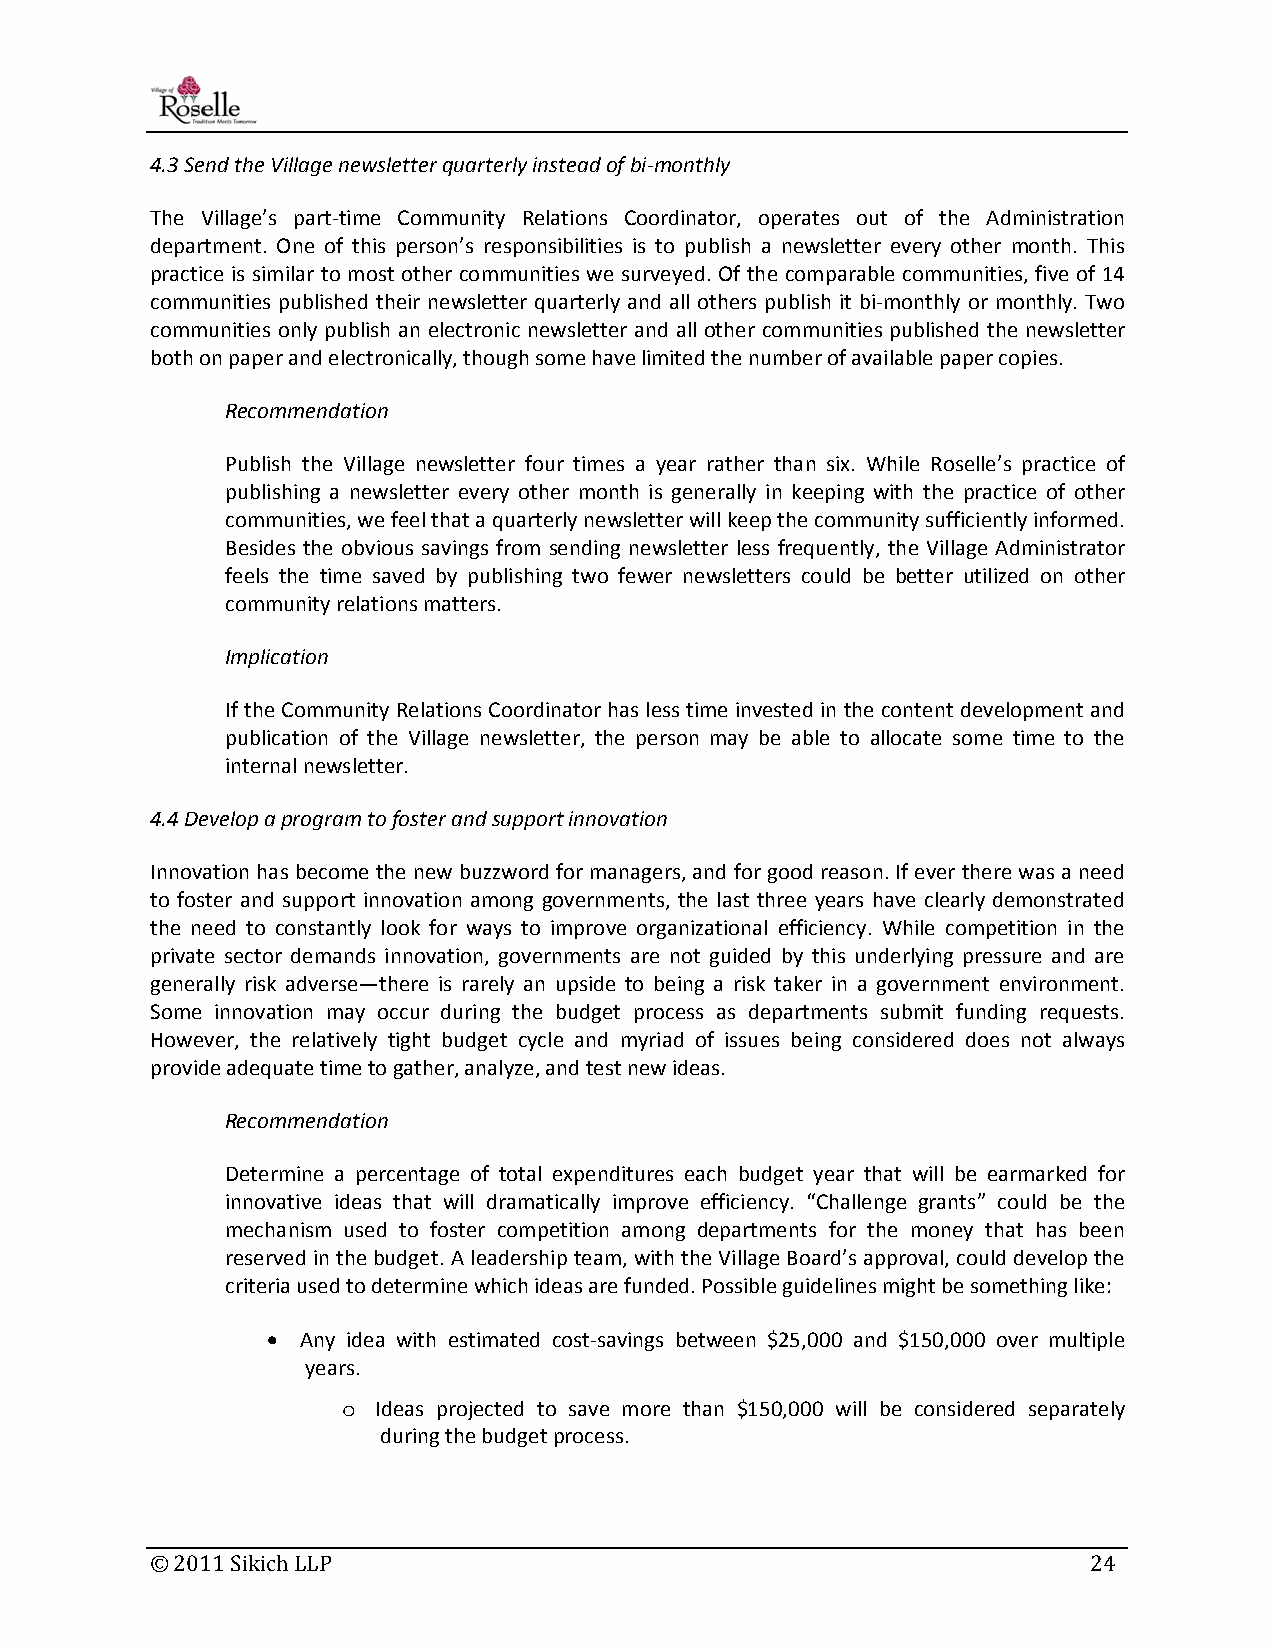
4.3 Send the Village newsletter quarterly instead of bi‐monthly
 The Village’s part‐time Community Relations Coordinator, operates out of the Administration
 department. One of this person’s responsibilities is to publish a newsletter every other month. This
 practice is similar to most other communities we surveyed. Of the comparable communities, five of 14
 communities published their newsletter quarterly and all others publish it bi‐monthly or monthly. Two
 communities only publish an electronic newsletter and all other communities published the newsletter
 both on paper and electronically, though some have limited the number of available paper copies.
 Recommendation
 Publish the Village newsletter four times a year rather than six. While Roselle’s practice of
 publishing a newsletter every other month is generally in keeping with the practice of other
 communities, we feel that a quarterly newsletter will keep the community sufficiently informed.
 Besides the obvious savings from sending newsletter less frequently, the Village Administrator
 feels the time saved by publishing two fewer newsletters could be better utilized on other
 community relations matters.
 Implication
 If the Community Relations Coordinator has less time invested in the content development and
 publication of the Village newsletter, the person may be able to allocate some time to the
 internal newsletter.
 4.4 Develop a program to foster and support innovation
 Innovation has become the new buzzword for managers, and for good reason. If ever there was a need
 to foster and support innovation among governments, the last three years have clearly demonstrated
 the need to constantly look for ways to improve organizational efficiency. While competition in the
 private sector demands innovation, governments are not guided by this underlying pressure and are
 generally risk adverse—there is rarely an upside to being a risk taker in a government environment.
 Some innovation may occur during the budget process as departments submit funding requests.
 However, the relatively tight budget cycle and myriad of issues being considered does not always
 provide adequate time to gather, analyze, and test new ideas.
 Recommendation
 Determine a percentage of total expenditures each budget year that will be earmarked for
 innovative ideas that will dramatically improve efficiency. “Challenge grants” could be the
 mechanism used to foster competition among departments for the money that has been
 reserved in the budget. A leadership team, with the Village Board’s approval, could develop the
 criteria used to determine which ideas are funded. Possible guidelines might be something like:
 • Any idea with estimated cost‐savings between $25,000 and $150,000 over multiple
 years.
 o Ideas projected to save more than $150,000 will be considered separately
 during the budget process.
 © 2011 Sikich LLP                                             24